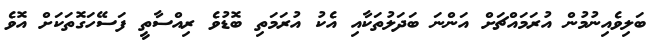
ބަލިވެއިނުމުން އުރަމައްޗަށް އަންނަ ބަދަލުތަކާއި އެކު އުރަމަތި ބޮޑުވެ ރިއްސާތީ ފަސޭހަގޮތަކަށް އޮވެ